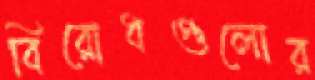
বিরোধগুলোর